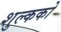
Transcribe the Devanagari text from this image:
शुल्कको